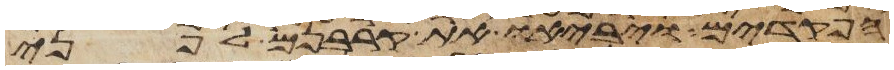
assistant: הפקדים ויביאו את קרבנם לפני